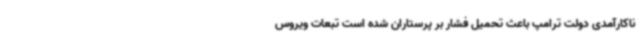
ناکارآمدی دولت ترامپ باعث تحمیل فشار بر پرستاران شده است تبعات ویروس